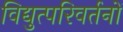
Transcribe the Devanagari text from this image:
विद्युत्परिवर्तनों